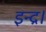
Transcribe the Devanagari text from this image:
इन्द्र।